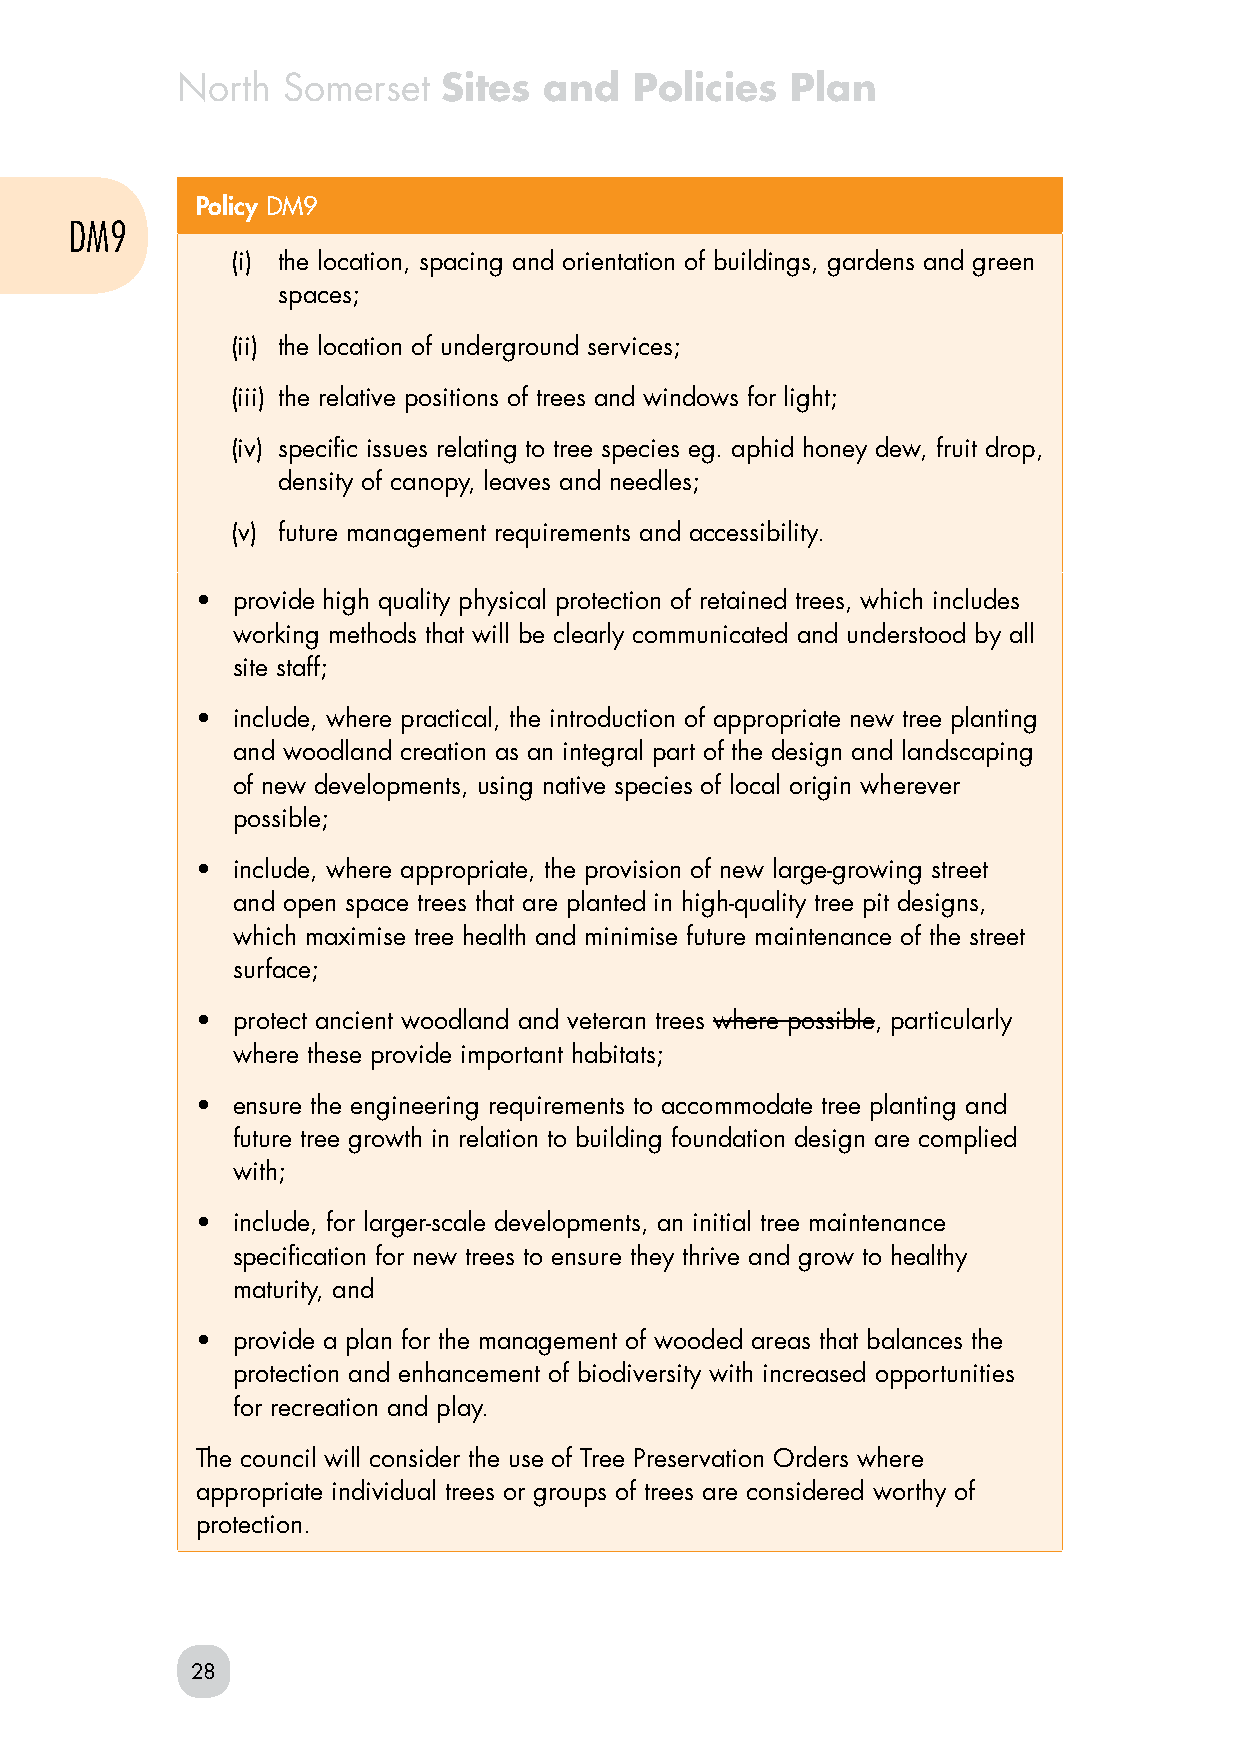
North  Somerset  Sites  and   Policies  Plan
 Policy DM9
 DM9
 (i) the location, spacing and orientation of buildings, gardens and green
 spaces;
 (ii) the location of underground services;
 (iii) the relative positions of trees and windows for light;
 (iv) specific issues relating to tree species eg. aphid honey dew, fruit drop,
 density of canopy, leaves and needles;
 (v) future management requirements and accessibility.
 • provide high quality physical protection of retained trees, which includes
 working methods that will be clearly communicated and understood by all
 site staff;
 • include, where practical, the introduction of appropriate new tree planting
 and woodland creation as an integral part of the design and landscaping
 of new developments, using native species of local origin wherever
 possible;
 • include, where appropriate, the provision of new large-growing street
 and open space trees that are planted in high-quality tree pit designs,
 which maximise tree health and minimise future maintenance of the street
 surface;
 • protect ancient woodland and veteran trees where possible, particularly
 where these provide important habitats;
 • ensure the engineering requirements to accommodate tree planting and
 future tree growth in relation to building foundation design are complied
 with;
 • include, for larger-scale developments, an initial tree maintenance
 specification for new trees to ensure they thrive and grow to healthy
 maturity, and
 • provide a plan for the management of wooded areas that balances the
 protection and enhancement of biodiversity with increased opportunities
 for recreation and play.
 The council will consider the use of Tree Preservation Orders where
 appropriate individual trees or groups of trees are considered worthy of
 protection.
 28